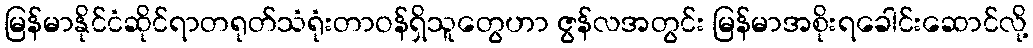
မြန်မာနိုင်ငံဆိုင်ရာတရုတ်သံရုံးတာဝန်ရှိသူတွေဟာ ဇွန်လအတွင်း မြန်မာအစိုးရခေါင်းဆောင်လို့